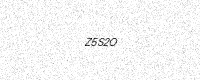
Text: Z5S2O